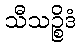
သီသဉ္စိဒံ